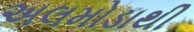
અલમોડાથી